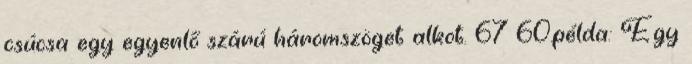
csúcsa egy egyenlő szárú háromszöget alkot. 67 60.példa: Egy